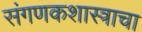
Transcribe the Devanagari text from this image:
संगणकशास्त्राचा